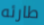
طارئه